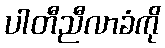
ပါတီညီလာခံကို